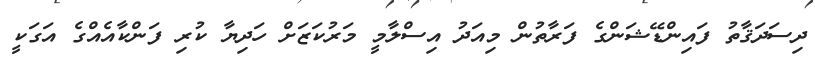
ދިސަދަޤާތު ފައިންޑޭޝަންގެ ފަރާތުން މިއަދު އިސްލާމީ މަރުކަޒަށް ހަދިޔާ ކުރި ފަންކާއެއްގެ އަގަކީ